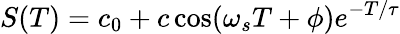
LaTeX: S(T)=c_{0}+c\cos(\omega_{s}T+\phi)e^{-T/\tau}